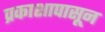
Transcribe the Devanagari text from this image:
प्रकाशापासून